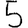
Digit: 5